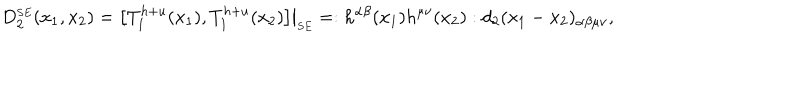
D _ { 2 } ^ { \scriptscriptstyle S E } ( x _ { 1 } , x _ { 2 } ) = \bigl [ T _ { 1 } ^ { h + u } ( x _ { 1 } ) , T _ { 1 } ^ { h + u } ( x _ { 2 } ) \bigr ] \bigr | _ { \scriptscriptstyle S E } = : h ^ { \alpha \beta } ( x _ { 1 } ) h ^ { \mu \nu } ( x _ { 2 } ) : d _ { 2 } ( x _ { 1 } - x _ { 2 } ) _ { \alpha \beta \mu \nu } ,